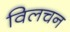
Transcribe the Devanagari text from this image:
विलचन